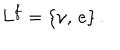
LaTeX: L ^ { f } = \{ \nu , \, e \} \, .